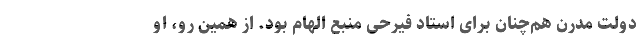
دولت مدرن هم‌چنان برای استاد فیرحی منبع الهام بود. از همین رو، او